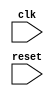
module multi_iterator_loop (
    input wire clk,
    input wire reset
);

reg [3:0] iterator1;
reg [3:0] iterator2;

always @(posedge clk or posedge reset) begin
    if (reset) begin
        iterator1 <= 4'b0000;
        iterator2 <= 4'b0000;
    end else begin
        if (iterator1 == 4'b1111) begin
            iterator1 <= 4'b0000;
            iterator2 <= iterator2 + 1;
        end else begin
            iterator1 <= iterator1 + 1;
        end
    end
end

endmodule